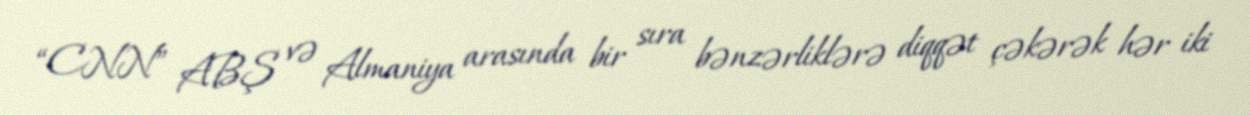
“CNN” ABŞ və Almaniya arasında bir sıra bənzərliklərə diqqət çəkərək hər iki